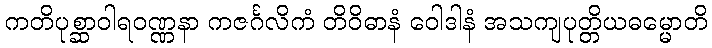
ကတိပုစ္ဆာဝါရဝဏ္ဏနာ ကဇင်္ဂလိကံ တိဝိဓာနံ ဝေါဒါနံ အသကျပုတ္တိယဓမ္မောတိ